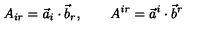
A _ { i r } = \vec { a } _ { i } \cdot \vec { b } _ { r } , \qquad A ^ { i r } = \vec { a } ^ { i } \cdot \vec { b } ^ { r }